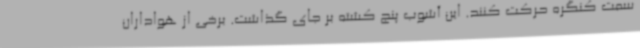
سمت کنگره حرکت کنند. این آشوب پنج کشته بر جای گذاشت. برخی از هواداران